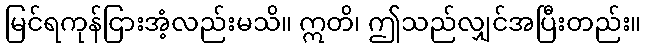
မြင်ရကုန်ငြားအံ့လည်းမသိ။ ဣတိ၊ ဤသည်လျှင်အပြီးတည်း။